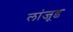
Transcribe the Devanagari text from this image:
लांजूड